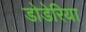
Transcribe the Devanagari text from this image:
डोडेरिया